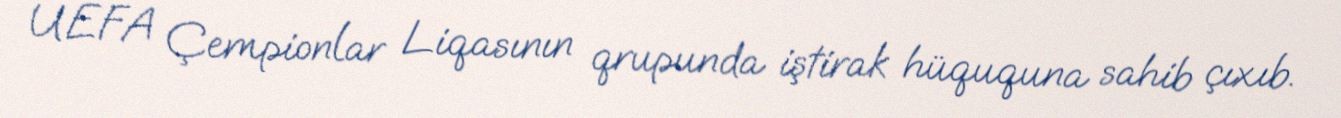
UEFA Çempionlar Liqasının qrupunda iştirak hüququna sahib çıxıb.